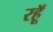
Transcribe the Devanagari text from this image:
रहॅू